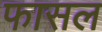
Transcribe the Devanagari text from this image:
फासल